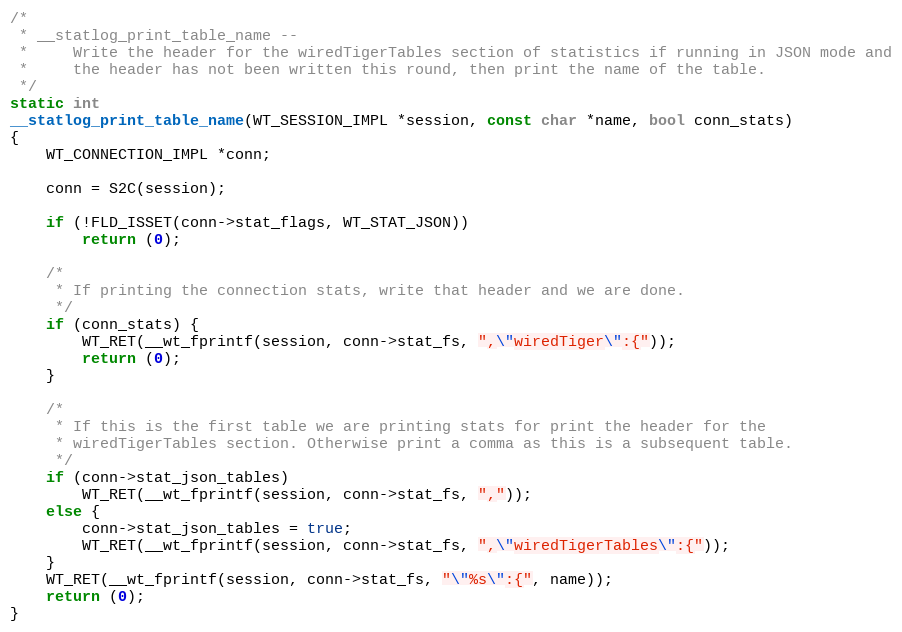
Language: C
/*
 * __statlog_print_table_name --
 *     Write the header for the wiredTigerTables section of statistics if running in JSON mode and
 *     the header has not been written this round, then print the name of the table.
 */
static int
__statlog_print_table_name(WT_SESSION_IMPL *session, const char *name, bool conn_stats)
{
    WT_CONNECTION_IMPL *conn;

    conn = S2C(session);

    if (!FLD_ISSET(conn->stat_flags, WT_STAT_JSON))
        return (0);

    /*
     * If printing the connection stats, write that header and we are done.
     */
    if (conn_stats) {
        WT_RET(__wt_fprintf(session, conn->stat_fs, ",\"wiredTiger\":{"));
        return (0);
    }

    /*
     * If this is the first table we are printing stats for print the header for the
     * wiredTigerTables section. Otherwise print a comma as this is a subsequent table.
     */
    if (conn->stat_json_tables)
        WT_RET(__wt_fprintf(session, conn->stat_fs, ","));
    else {
        conn->stat_json_tables = true;
        WT_RET(__wt_fprintf(session, conn->stat_fs, ",\"wiredTigerTables\":{"));
    }
    WT_RET(__wt_fprintf(session, conn->stat_fs, "\"%s\":{", name));
    return (0);
}